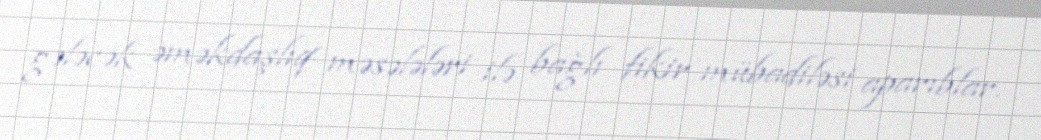
gələcək əməkdaşlıq məsələləri ilə bağlı fikir mübadiləsi aparıblar.